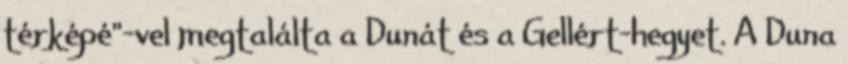
térképé"-vel megtalálta a Dunát és a Gellért-hegyet. A Duna